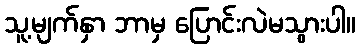
သူ့မျက်နှာ ဘာမှ ပြောင်းလဲမသွားပါ။